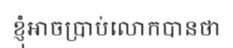
ខ្ញុំអាចប្រាប់លោកបានថា